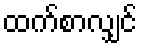
ထက်စာလျှင်